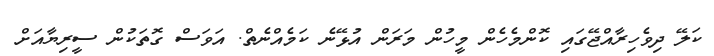
ކަލޭ ދިވެހިރާއްޖޭގައި ކޮންމެހެން މީހުން މަރަން އުޅޭނެ ކަމެއްނެތް. އަވަސް ގޮތަކުން ސީރިޔާއަށް